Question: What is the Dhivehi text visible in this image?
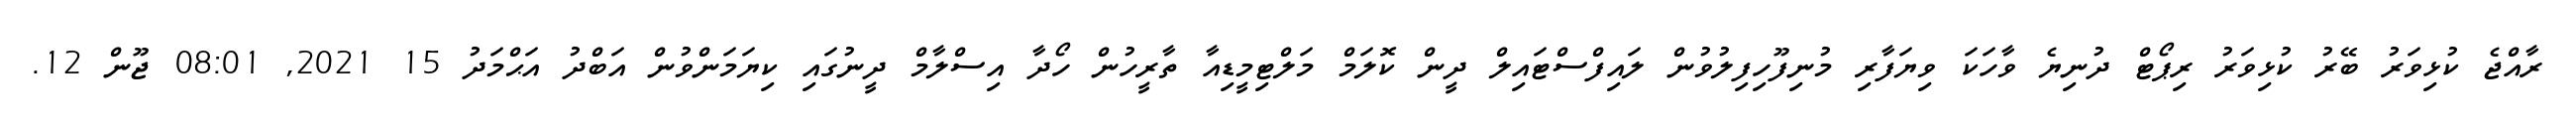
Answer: ރާއްޖެ ކުޅިވަރު ބޭރު ކުޅިވަރު ރިޕޯޓް ދުނިޔެ ވާހަކަ ވިޔަފާރި މުނިފޫހިފިލުވުން ލައިފްސްޓައިލް ދީން ކޮލަމް މަލްޓިމީޑިއާ ތާރީހުން ހޯދާ އިސްލާމް ދީނުގައި ކިޔަމަންވުން އަބްދު އަޙްމަދު 15 2021, 08:01 ޖޫން 12.